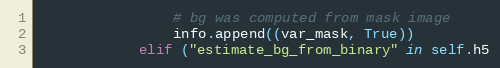
Language: Python
                # bg was computed from mask image
                info.append((var_mask, True))
            elif ("estimate_bg_from_binary" in self.h5